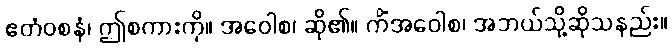
ဧတံဝစနံ၊ ဤစကားကို။ အဝေါစ၊ ဆို၏။ ကိံအဝေါစ၊ အဘယ်သို့ဆိုသနည်း။